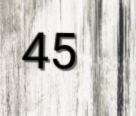
45